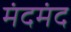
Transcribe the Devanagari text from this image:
मंदमंद